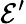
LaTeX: \mathcal{E}^{\prime}